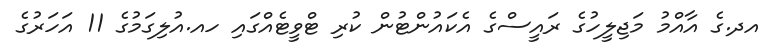
އދ.ގެ އާއްމު މަޖިލީހުގެ ރައީސްގެ އެކައުންޓުން ކުރި ޓްވީޓެއްގައި ހއ.އުލިގަމުގެ 11 އަހަރުގެ